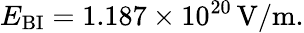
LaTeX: E_{\mathrm{{BI}}}=1.187\times 10^{20}\, \mathrm{V}/\mathrm{m}.